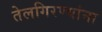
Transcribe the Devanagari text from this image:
तेलगिरण्यांना